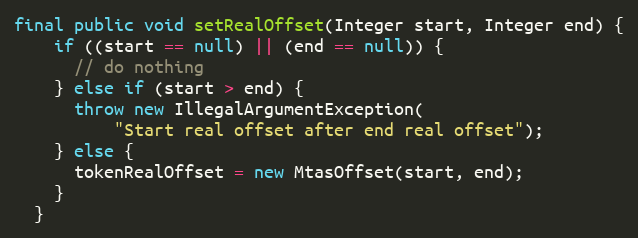
Language: Java
final public void setRealOffset(Integer start, Integer end) {
    if ((start == null) || (end == null)) {
      // do nothing
    } else if (start > end) {
      throw new IllegalArgumentException(
          "Start real offset after end real offset");
    } else {
      tokenRealOffset = new MtasOffset(start, end);
    }
  }